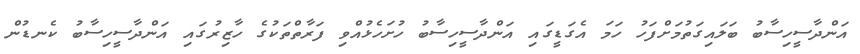
އަންދާސީހިސާބު ބަލައިގަތުމަށްފަހު ހަމަ އެގަޑީގައި އަންދާސީހިސާބު ހުށަހެޅުއްވި ފަރާތްތަކުގެ ހާޒިރުގައި އަންދާސީހިސާބު ކެނޑުން